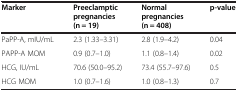
| Marker | Preeclamptic pregnancies (n = 19) | Normal pregnancies (n = 408) | p-value |
 | --- | --- | --- | --- |
 | PaPP-A, mIU/mL | 2.3 (1.33–3.31) | 2.8 (1.9–4.2) | 0.04 |
 | PAPP-A MOM | 0.9 (0.7–1.0) | 1.1 (0.8–1.4) | 0.02 |
 | HCG, IU/mL | 70.6 (50.0–95.2) | 73.4 (55.7–97.6) | 0.5 |
 | HCG MOM | 1.0 (0.7–1.6) | 1.0 (0.8–1.3) | 0.7 |